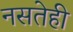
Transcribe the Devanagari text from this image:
नसतेही